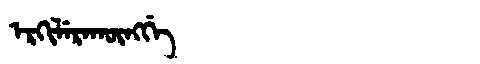
Manchu: ᡝᡵᡴᡳᠯᡝᡵᠠᡴᡡᠩᡤᡝ
Romanization: ERKILERAKŪNGGE